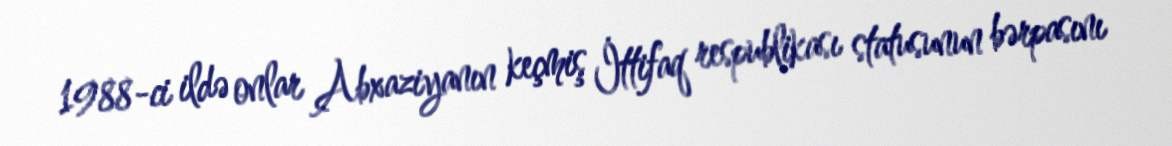
1988-ci ildə onlar Abxaziyanın keçmiş İttifaq respublikası statusunun bərpasını